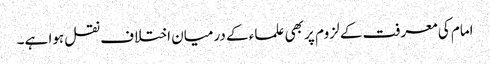
امام کی معرفت کے لزوم پر بھی علماء کے درمیان اختلاف نقل ہوا ہے۔